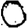
Digit: 0